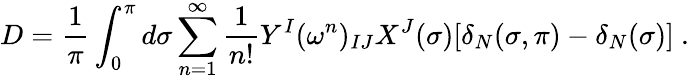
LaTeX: D=\frac{1}{\pi}\int_{0}^{\pi}d\sigma\sum_{n=1}^{\infty}\frac{1}{n!}Y^{I}(\omega^{n})_{IJ}X^{J}(\sigma)[\delta_{N}(\sigma,\pi)-\delta_{N}(\sigma)]\ .